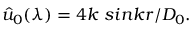
~ ~ ~ \hat { u } _ { 0 } ( \lambda ) = 4 k ~ s i n k r / D _ { 0 } .